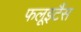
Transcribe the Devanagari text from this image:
फलूइटैंस